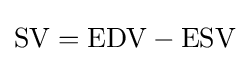
{\text{SV}}={\text{EDV}}-{\text{ESV}}